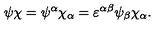
\psi \chi = \psi ^ { \alpha } \chi _ { \alpha } = \varepsilon ^ { \alpha \beta } \psi _ { \beta } \chi _ { \alpha } .